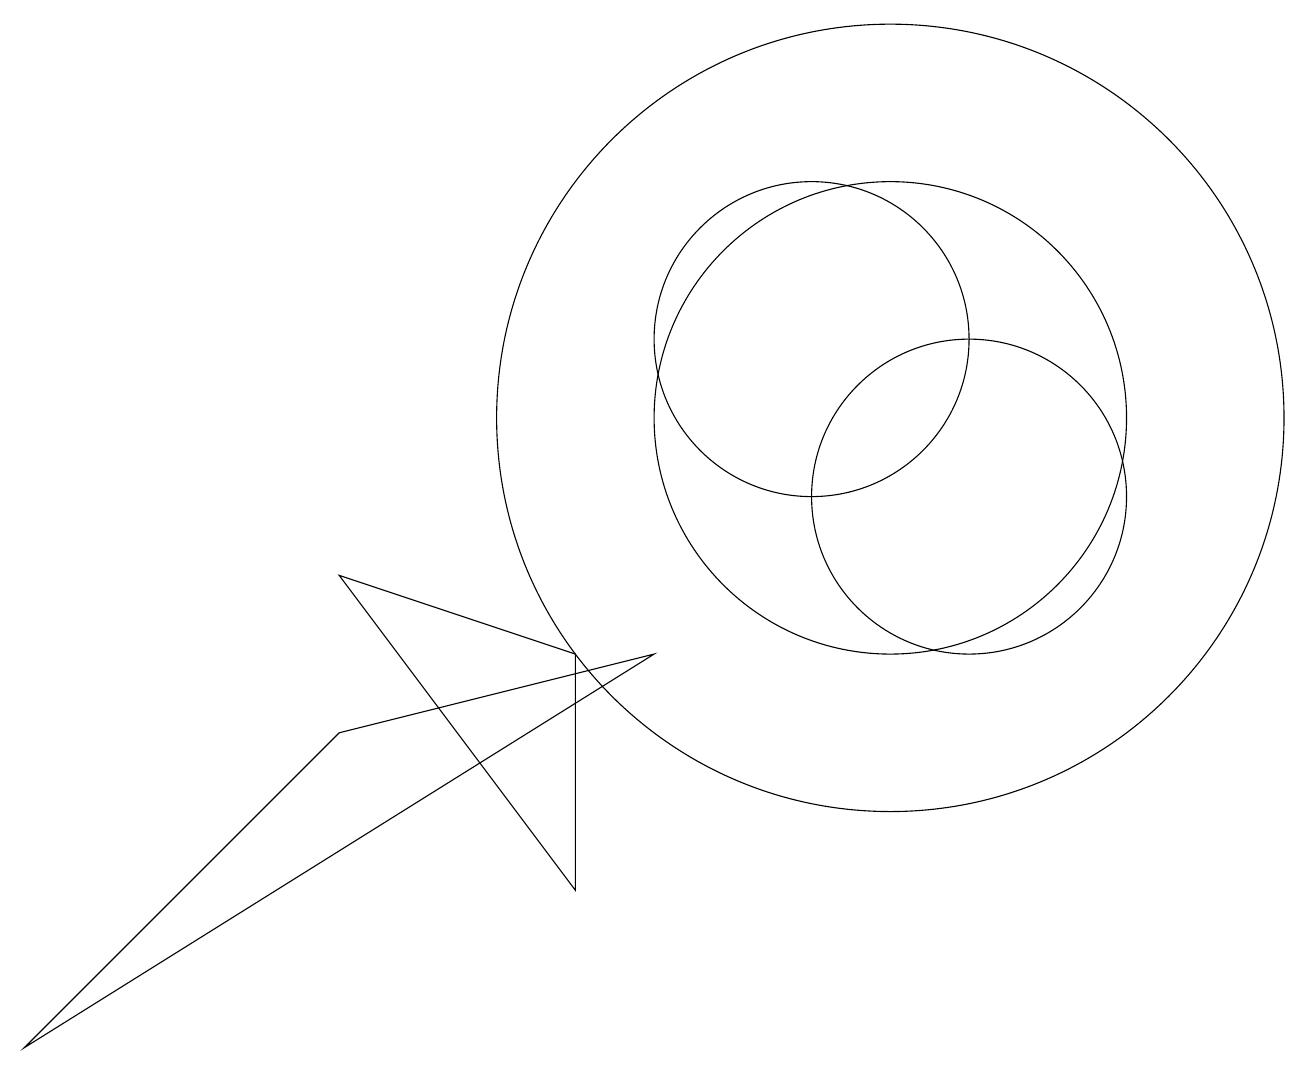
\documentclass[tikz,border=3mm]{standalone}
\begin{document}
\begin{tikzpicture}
\draw (4,7) -- (8,8) -- (0,3) -- cycle;
\draw (12,10) circle (2);
\draw (10,12) circle (2);
\draw (11,11) circle (3);
\draw (11,11) circle (5);
\draw (4,9) -- (7,8) -- (7,5) -- cycle;
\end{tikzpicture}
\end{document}